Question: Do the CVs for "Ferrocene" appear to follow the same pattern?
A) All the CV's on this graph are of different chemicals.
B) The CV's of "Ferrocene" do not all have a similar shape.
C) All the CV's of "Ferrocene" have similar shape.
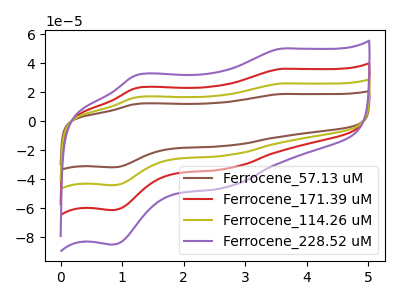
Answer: <think>The brown curve "Ferrocene_57.13 uM" has anodic peaks at (3.55V, 18.70uA) (1.25V, 11.95uA) and cathodic peaks at (2.70V, -16.85uA) (0.85V, -31.85uA). The red curve "Ferrocene_171.39 uM" has anodic peaks at (3.55V, 51.90uA) (1.25V, 33.15uA) and cathodic peaks at (2.70V, -46.85uA) (0.85V, -88.35uA). The olive curve "Ferrocene_114.26 uM" has anodic peaks at (3.55V, 25.95uA) (1.25V, 16.60uA) and cathodic peaks at (2.70V, -23.40uA) (0.85V, -44.20uA). The purple curve "Ferrocene_228.52 uM" has anodic peaks at (3.55V, 77.80uA) (1.25V, 49.75uA) and cathodic peaks at (2.70V, -70.25uA) (0.85V, -132.55uA).
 All the peaks in "Ferrocene_57.13 uM" have a peak in "Ferrocene_171.39 uM" at the same potential. Every peak in "Ferrocene_57.13 uM" is lower than every peak in "Ferrocene_171.39 uM". All the peaks in "Ferrocene_57.13 uM" have a peak in "Ferrocene_114.26 uM" at the same potential. Every peak in "Ferrocene_57.13 uM" is lower than every peak in "Ferrocene_114.26 uM". All the peaks in "Ferrocene_57.13 uM" have a peak in "Ferrocene_228.52 uM" at the same potential. Every peak in "Ferrocene_57.13 uM" is lower than every peak in "Ferrocene_228.52 uM". All the peaks in "Ferrocene_171.39 uM" have a peak in "Ferrocene_114.26 uM" at the same potential. Every peak in "Ferrocene_171.39 uM" is higher than every peak in "Ferrocene_114.26 uM". All the peaks in "Ferrocene_171.39 uM" have a peak in "Ferrocene_228.52 uM" at the same potential. Every peak in "Ferrocene_171.39 uM" is lower than every peak in "Ferrocene_228.52 uM". All the peaks in "Ferrocene_114.26 uM" have a peak in "Ferrocene_228.52 uM" at the same potential. Every peak in "Ferrocene_114.26 uM" is lower than every peak in "Ferrocene_228.52 uM".</think>
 <answer>C) All the CV's of "Ferrocene" have similar shape.</answer>
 <eval>C</eval>